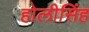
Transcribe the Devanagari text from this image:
होलीसिंह